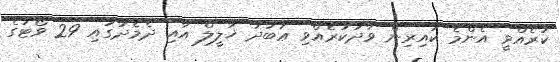
ކުރެއްވީ އެންމެ ކައިރިން ވާދަކުރެއްވި ޢަބުދު ޚަލީލް އާއި ދެމެދުގައި 29 ވޯޓުގެ